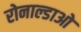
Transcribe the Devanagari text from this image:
रोनाल्डाओ